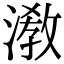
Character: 漖